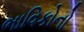
ભાવિકોનો